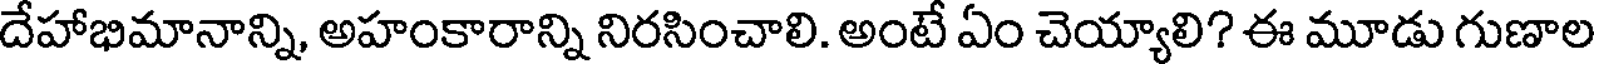
దేహాభిమానాన్ని, అహంకారాన్ని నిరసించాలి. అంటే ఏం చెయ్యాలి? ఈ మూడు గుణాల